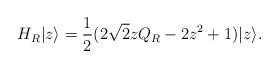
LaTeX: \begin{align*}H_R|z \rangle = \frac{1}{2}(2\sqrt{2} z Q_R - 2 z^2 +1)|z \rangle.\end{align*}